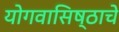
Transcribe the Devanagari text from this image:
योगवासिष्ठाचे